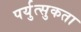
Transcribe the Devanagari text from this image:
पर्युत्सुकता